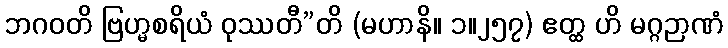
ဘဂဝတိ ဗြဟ္မစရိယံ ဝုဿတီ”တိ (မဟာနိ။ ၁။၂၅၇) ဧတ္ထ ဟိ မဂ္ဂဉာဏံ